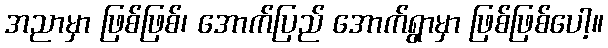
အညာမှာ ဖြစ်ဖြစ်၊ အောက်ပြည် အောက်ရွာမှာ ဖြစ်ဖြစ်ပေါ့။